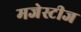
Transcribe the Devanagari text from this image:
मजेस्टीज